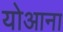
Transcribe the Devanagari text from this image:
योआना